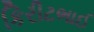
કિરીટભાઈ